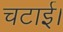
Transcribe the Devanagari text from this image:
चटाई।